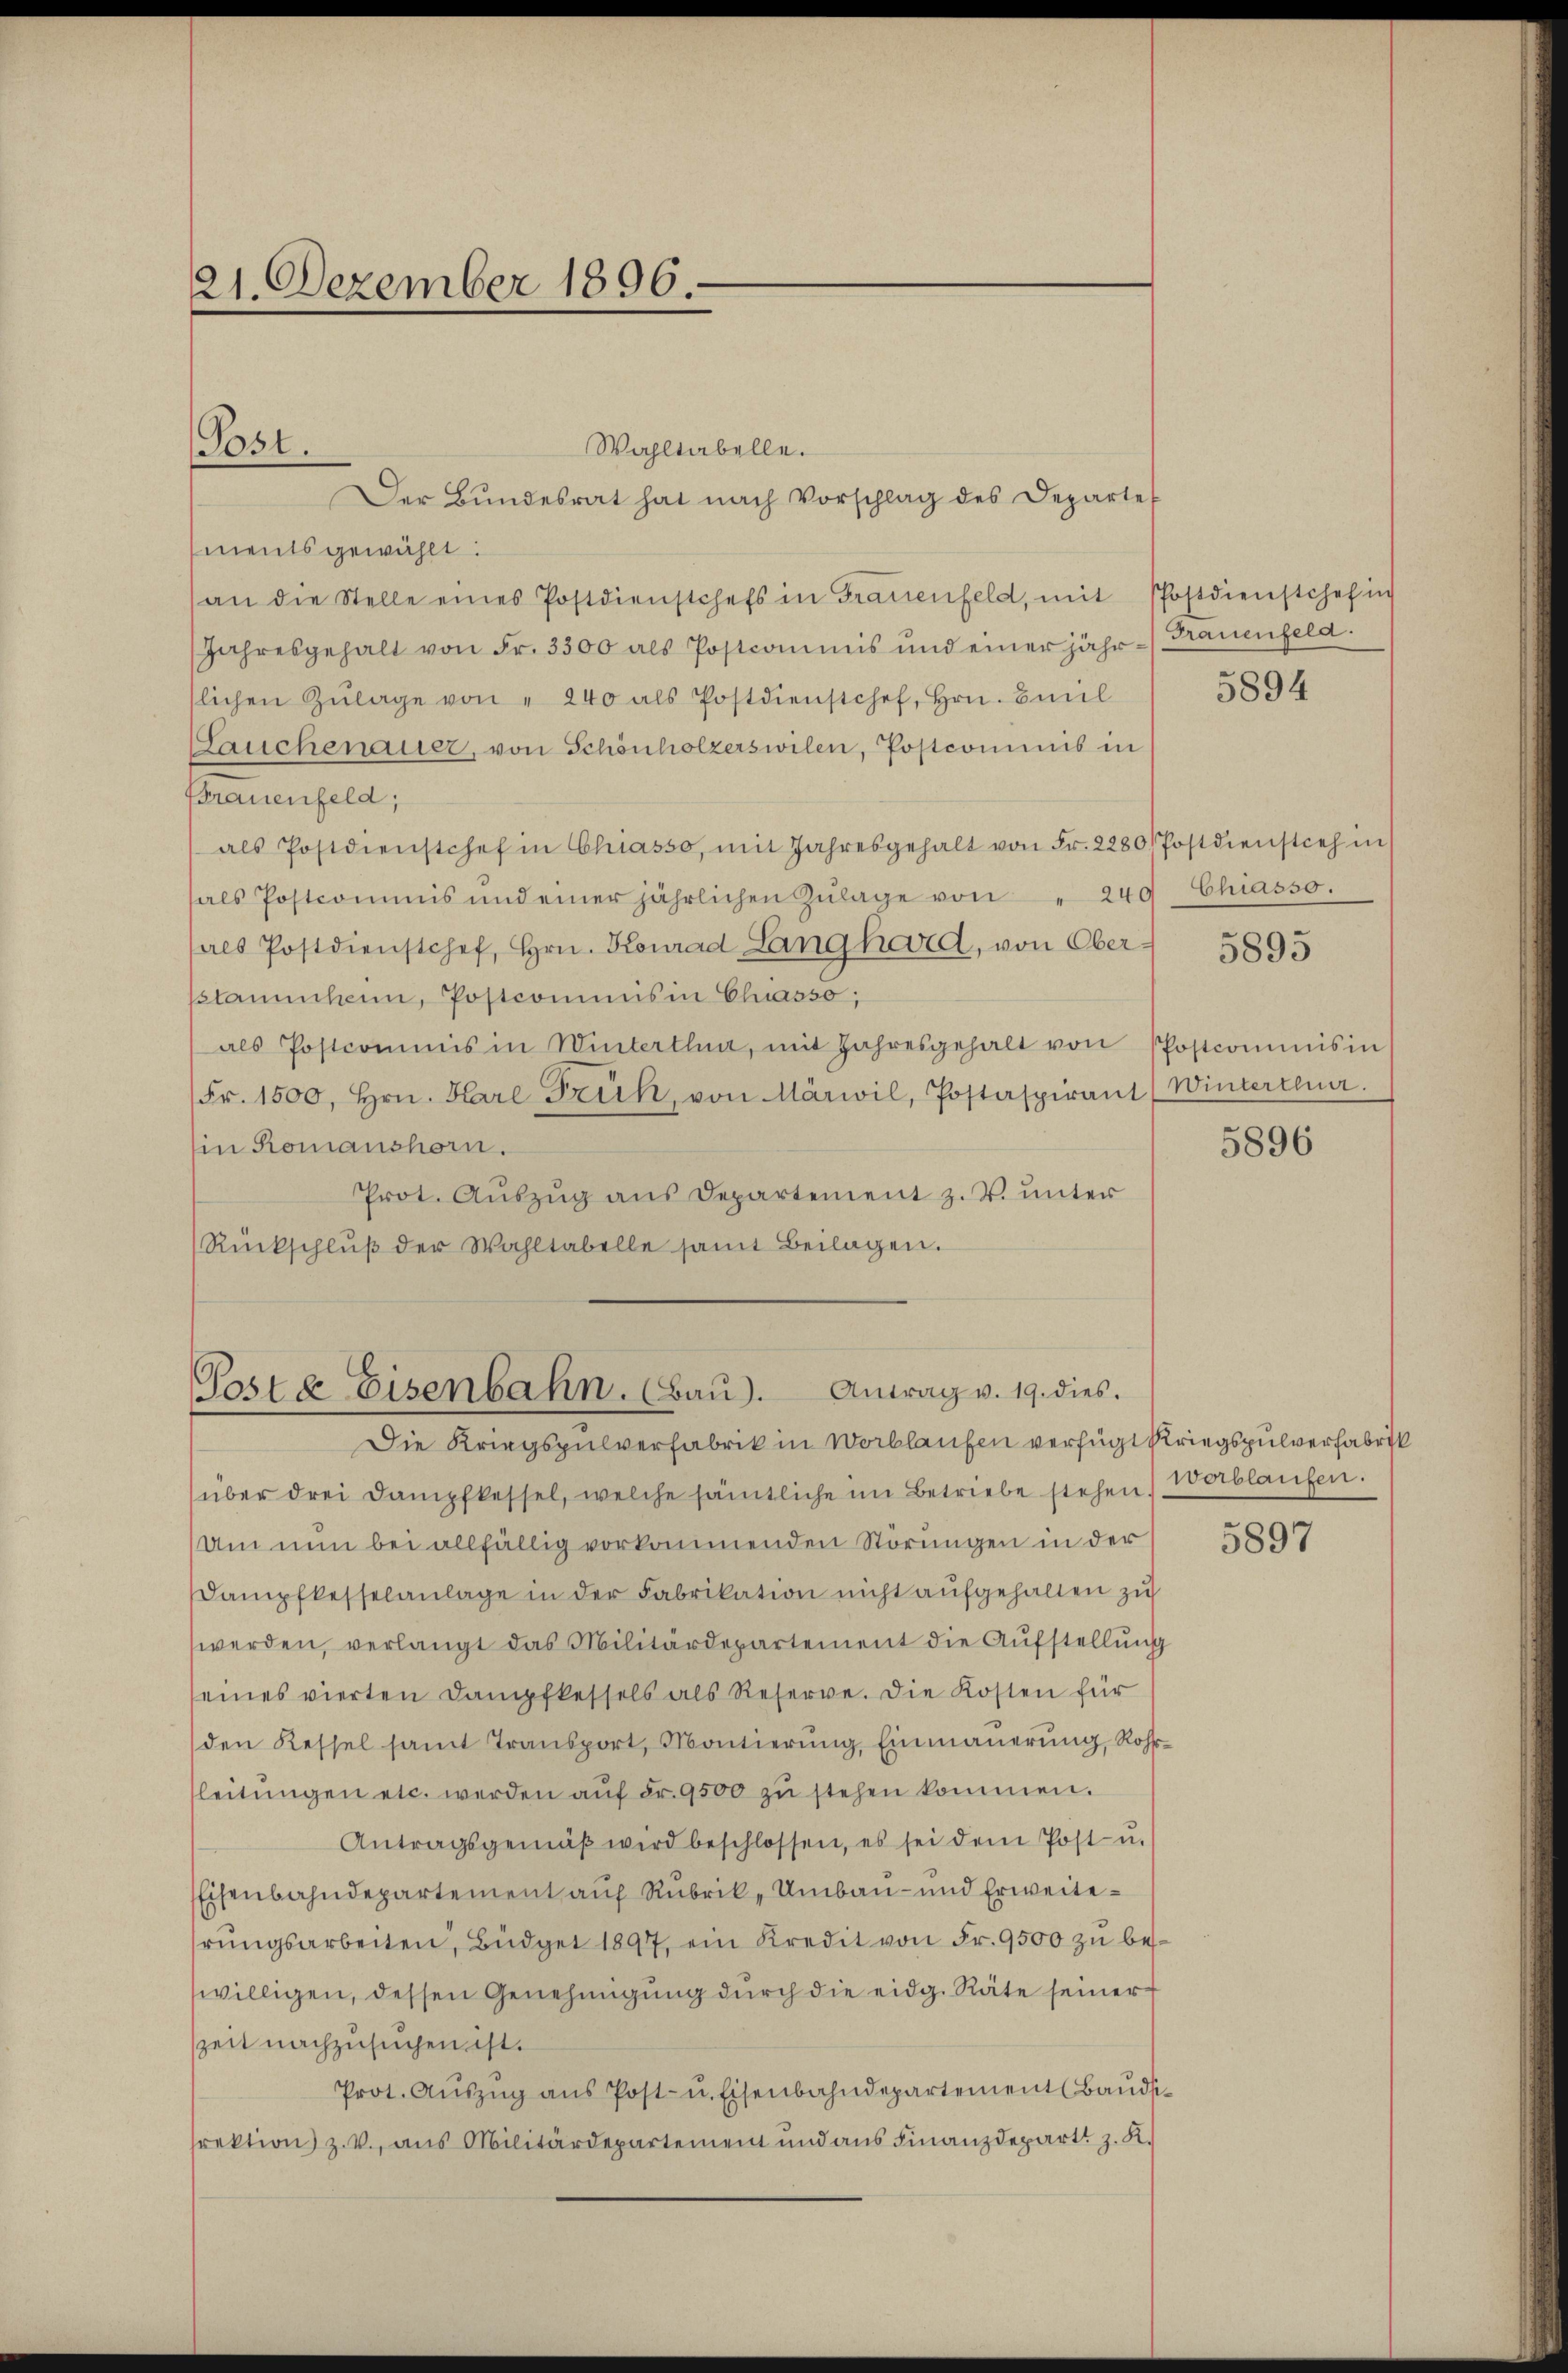
21. Dezember 1896.

Wahltabelle.
Der Bŭndesrat hat nach Vorschlag des Departe
ments gewählt:
(an die Stelle eines Postdienstchefs in Grauenfeld, mit Postdienstchef in
Jahresgehalt von Fr. 3300 als Postcommis und einer jahr - Trauenfeld.
lichen Zŭlage von " 240 als Postdienstchef, Hrn. Baŭl
Lauchenauer, von Schönholzerswilen, Postcommis in
Brauenfeld,
als Postdienstchef in Chiasso, mit Jahresgehalt von Fr. 2280/ Postdienstich in
als Postcommis und einer jährlichen Zŭlage von " 240 Chiasso.
als Postdienstchef, Hrn. Konrad Langhard, von Obersstammheim, Postcommis in Chasso;
als Postcommis in Winterthun, mit Jahresgehalt von Postcommis in
Fr. 1500, Hrn. Karl Früh, von Märwil, Postaspirant Winterteur.
in Romanshorn.
Prot. Auszug aus Departement z. V. unter
Rückschlŭβ der Wahltabelle samt Beilagen.

Post.

Poste Eisenbahn. (Baŭ). Antrag v. 19. dies.

Die Kriegspulverfabrik in Wortlaufen verfügt Kriegspulverfabrik
über drei Dampfkessel, welche sämtliche im Betriebe stehen) Verblaufen.
Um nun bei allfällig vorkommenden Störungen in der
Dampfkesselanlage in der Fabrikation nicht aufgehalten zu
werden, verlangt das Militärdepartement die Aŭfstellŭng
seines vierten Dampfkessels als Reserve. Die Kosten für
den Kessel samt Transport, Montierŭng, Einmauerung, Rohleitŭngen etc. werden aŭf Fr. 9500 zŭ stehen kommen.
Antragsgemäβ wird beschlossen, es sei dem Post- u.
Eisenbahndepartement auf Rubrik, Umbau- und Erweiterŭngsarbeiten, Büdget 1897, ein Kredit von Fr. 9500 zŭ be-
willigen, dessen Genehmigung durch die eidg. Räte seiner
szeit nachzusuchen ist.
Prot. Aŭszŭg ans Post- u. Eisenbahndepartement Baudsirektion z. V., aus Militärdepartement und aus Finanzdepart z. K.

5894

5895

5896

5897